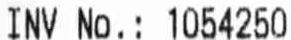
INV NO.: 1054250